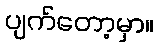
ပျက်တော့မှာ။